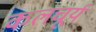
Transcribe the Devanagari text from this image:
कलचूर्य